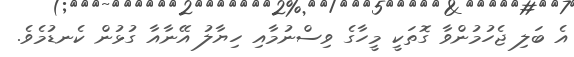
އެ ބަލި ޖެހުމުންވާ ގޮތަކީ މީހާގެ ވިސްނުމާއި ހިޔާލު އޭނާއާ ގުޅުން ކެނޑުމެވެ.